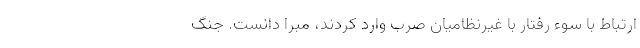
ارتباط با سوء رفتار با غیرنظامیان صرب وارد کردند، مبرا دانست. جنگ